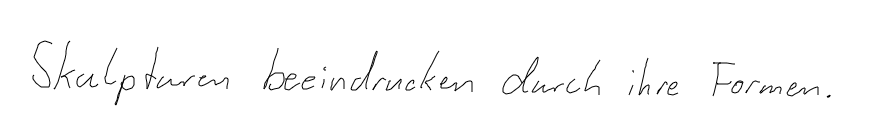
Skulpturen beeindrucken durch ihre Formen.